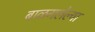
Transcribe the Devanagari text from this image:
बाळगलेल्या